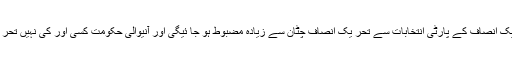
انہوں نے کہا کہ تحر یک انصاف کے پارٹی انتخابات سے تحر یک انصاف چٹان سے زیادہ مضبوط ہو جا ئیگی اور آنیوالی حکومت کسی اور کی نہیں تحر یک انصاف کی ہوگی ۔